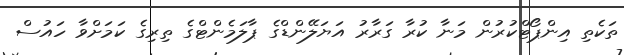
ތަކެތި އިންޕޯޓްކުރުން މަނާ ކުރާ ގަރާރު އަޔަލޭންޑްގެ ޕާލަމެންޓްގެ ތިރިގެ ކަމަށްވާ ހައުސް